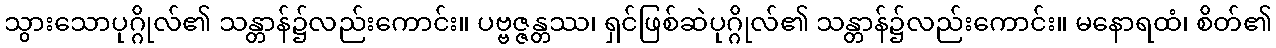
သွားသောပုဂ္ဂိုလ်၏ သန္တာန်၌လည်းကောင်း။ ပဗ္ဗဇ္ဇန္တဿ၊ ရှင်ဖြစ်ဆဲပုဂ္ဂိုလ်၏ သန္တာန်၌လည်းကောင်း။ မနောရထံ၊ စိတ်၏